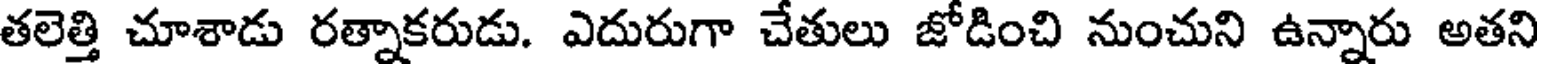
తలెత్తి చూశాడు రత్నాకరుడు. ఎదురుగా చేతులు జోడించి నుంచుని ఉన్నారు అతని